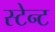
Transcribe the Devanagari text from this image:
स्टेन्ट